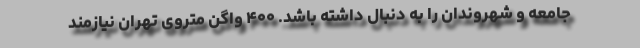
جامعه و شهروندان را به دنبال داشته باشد. ۴۰۰ واگن متروی تهران نیازمند